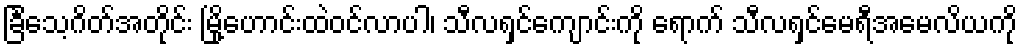
ခြင်္သေ့ဂိတ်အတိုင်း မြို့ဟောင်းထဲဝင်လာပါ၊ သီလရှင်ကျောင်းကို ရောက် သီလရှင်မေရီအမေလိယကို